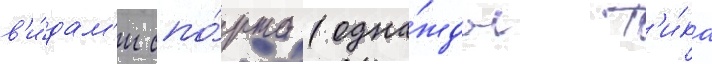
в'и́дам'и спо́рта (одна́жды т'и́ка